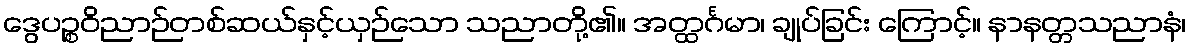
ဒွေပဉ္စဝိညာဉ်တစ်ဆယ်နှင့်ယှဉ်သော သညာတို့၏။ အတ္ထင်္ဂမာ၊ ချုပ်ခြင်း ကြောင့်။ နာနတ္တသညာနံ၊